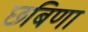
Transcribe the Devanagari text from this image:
छबिणा